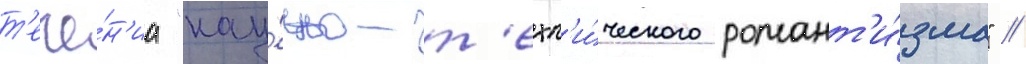
т'ече́н'иа "нау́чно-т'ехн'и́ческого романт'и́зма" /